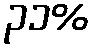
၃၁%